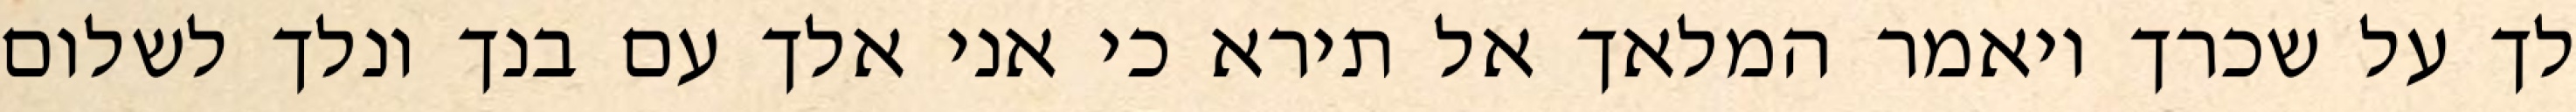
לך על שכרך ויאמר המלאך אל תירא כי אני אלך עם בנך ונלך לשלום